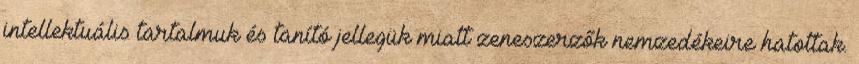
intellektuális tartalmuk és tanító jellegük miatt zeneszerzők nemzedékeire hatottak.